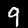
Label: 9